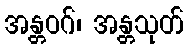
အန္တဝဂ်၊ အန္တသုတ်